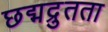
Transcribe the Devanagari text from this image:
छद्मद्रुतता